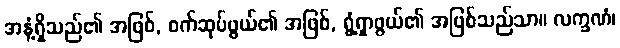
အနံ့ရှိသည်၏ အဖြစ်, စက်ဆုပ်ဖွယ်၏ အဖြစ်, ရွံ့ရှာဖွယ်၏ အဖြစ်သည်သာ။ လက္ခဏံ၊